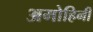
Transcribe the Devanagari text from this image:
अमोहिनी